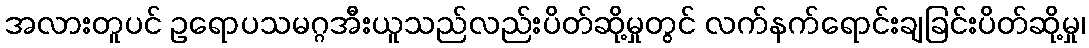
အလားတူပင် ဥရောပသမဂ္ဂအီးယူသည်လည်းပိတ်ဆို့မှုတွင် လက်နက်ရောင်းချခြင်းပိတ်ဆို့မှု၊